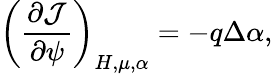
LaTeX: \left(\frac{\partial\mathcal{J}}{\partial\psi}\right)_{H,\mu,\alpha}=-q\Delta\alpha,